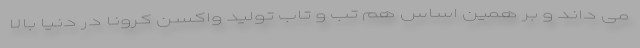
می داند و بر همین اساس هم تب و تاب تولید واکسن کرونا در دنیا بالا